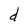
Character: d